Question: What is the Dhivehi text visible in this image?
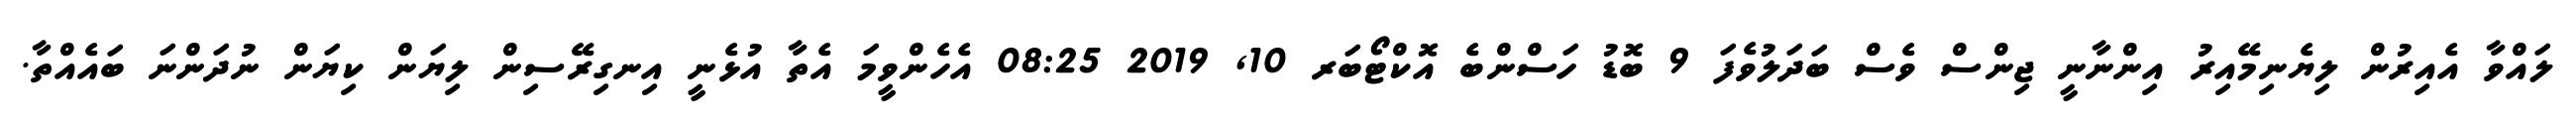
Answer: ލައްވާ އެއިރުން ލިޔެނިމޭއިރު އިންނާނީ ޖިންސް ވެސް ބަދަލުވެފަ 9 ބޮޑު ހަސްންބެ އޮކްޓޯބަރ 10, 2019 08:25 އެހެންވީމަ އެތާ އުޅެނީ އިނގިރޭސިން ލިޔަން ކިޔަން ނުދަންނަ ބައެއްތާ.